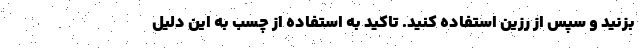
بزنید و سپس از رزین استفاده کنید. تاکید به استفاده از چسب به این دلیل